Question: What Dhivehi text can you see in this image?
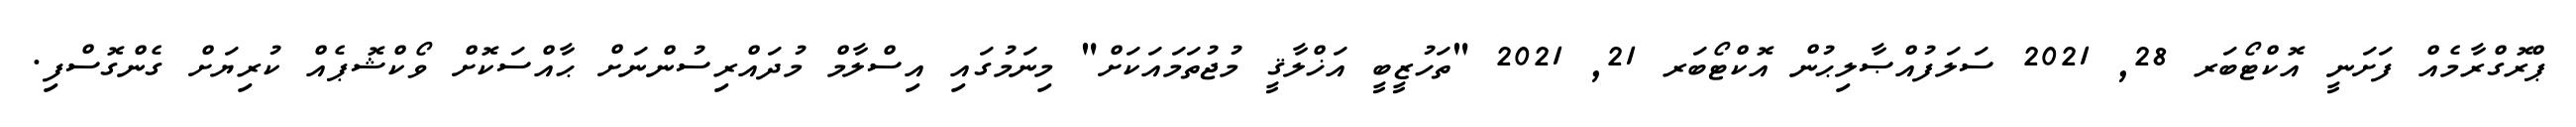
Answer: ޕްރޮގްރާމެއް ފަށަނީ އޮކްޓޯބަރ 28, 2021 ސަލަފުއްޞާލިޙުން އޮކްޓޯބަރ 21, 2021 "ތަހުޒީބީ އަޚްލާޤީ މުޖުތަމައަކަށް" މިނަމުގައި އިސްލާމް މުދައްރިސުންނަށް ޙާއްސަކޮށް ވޯކްޝޮޕެއް ކުރިޔަށް ގެންގޮސްފި.